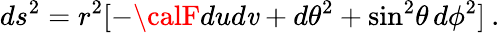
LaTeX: ds^{2}=r^{2}[-{\calF}dud\mathit{v}+d\theta^{2}+\sin^{2}\! \theta\, d\phi^{2}]\: .